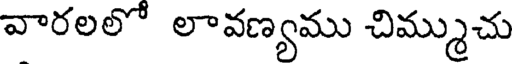
వారలలో లావణ్యము చిమ్ముచు